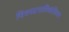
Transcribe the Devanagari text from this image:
चित्रपटमालिकांशिवाय